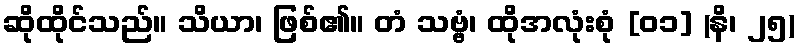
ဆိုထိုင်သည်။ သိယာ၊ ဖြစ်၏။ တံ သဗ္ဗံ၊ ထိုအလုံးစုံ [၀၁] (နိ၊ ၂၅)